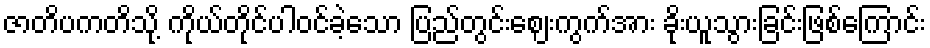
ဇာတိပကတိသို့ ကိုယ်တိုင်ပါဝင်ခဲ့သော ပြည်တွင်းဈေးကွက်အား ခိုးယူသွားခြင်းဖြစ်ကြောင်း